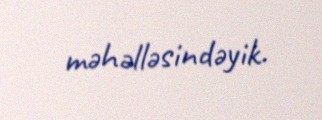
məhəlləsindəyik.